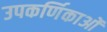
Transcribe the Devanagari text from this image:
उपकर्णिकाओं